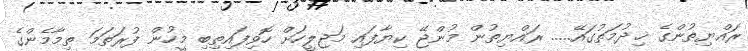
ރައްޔިތުންގެ ޚިދުމަތުގައޭ..... ރައްޔިތުން މުންޖޭ ކިޔާފައި މަޖިލީހަށް ހޮވިފައިތިބި މީހުން ފުރަތަމަ ތިމާމެންގެ